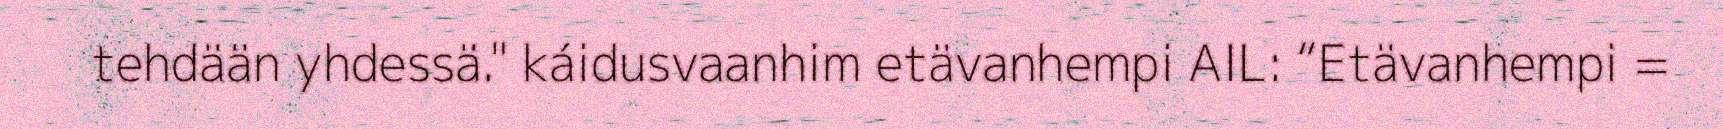
tehdään yhdessä." káidusvaanhim etävanhempi AIL: “Etävanhempi =